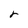
Character: r